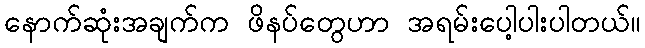
နောက်ဆုံးအချက်က ဖိနပ်တွေဟာ အရမ်းပေါ့ပါးပါတယ်။